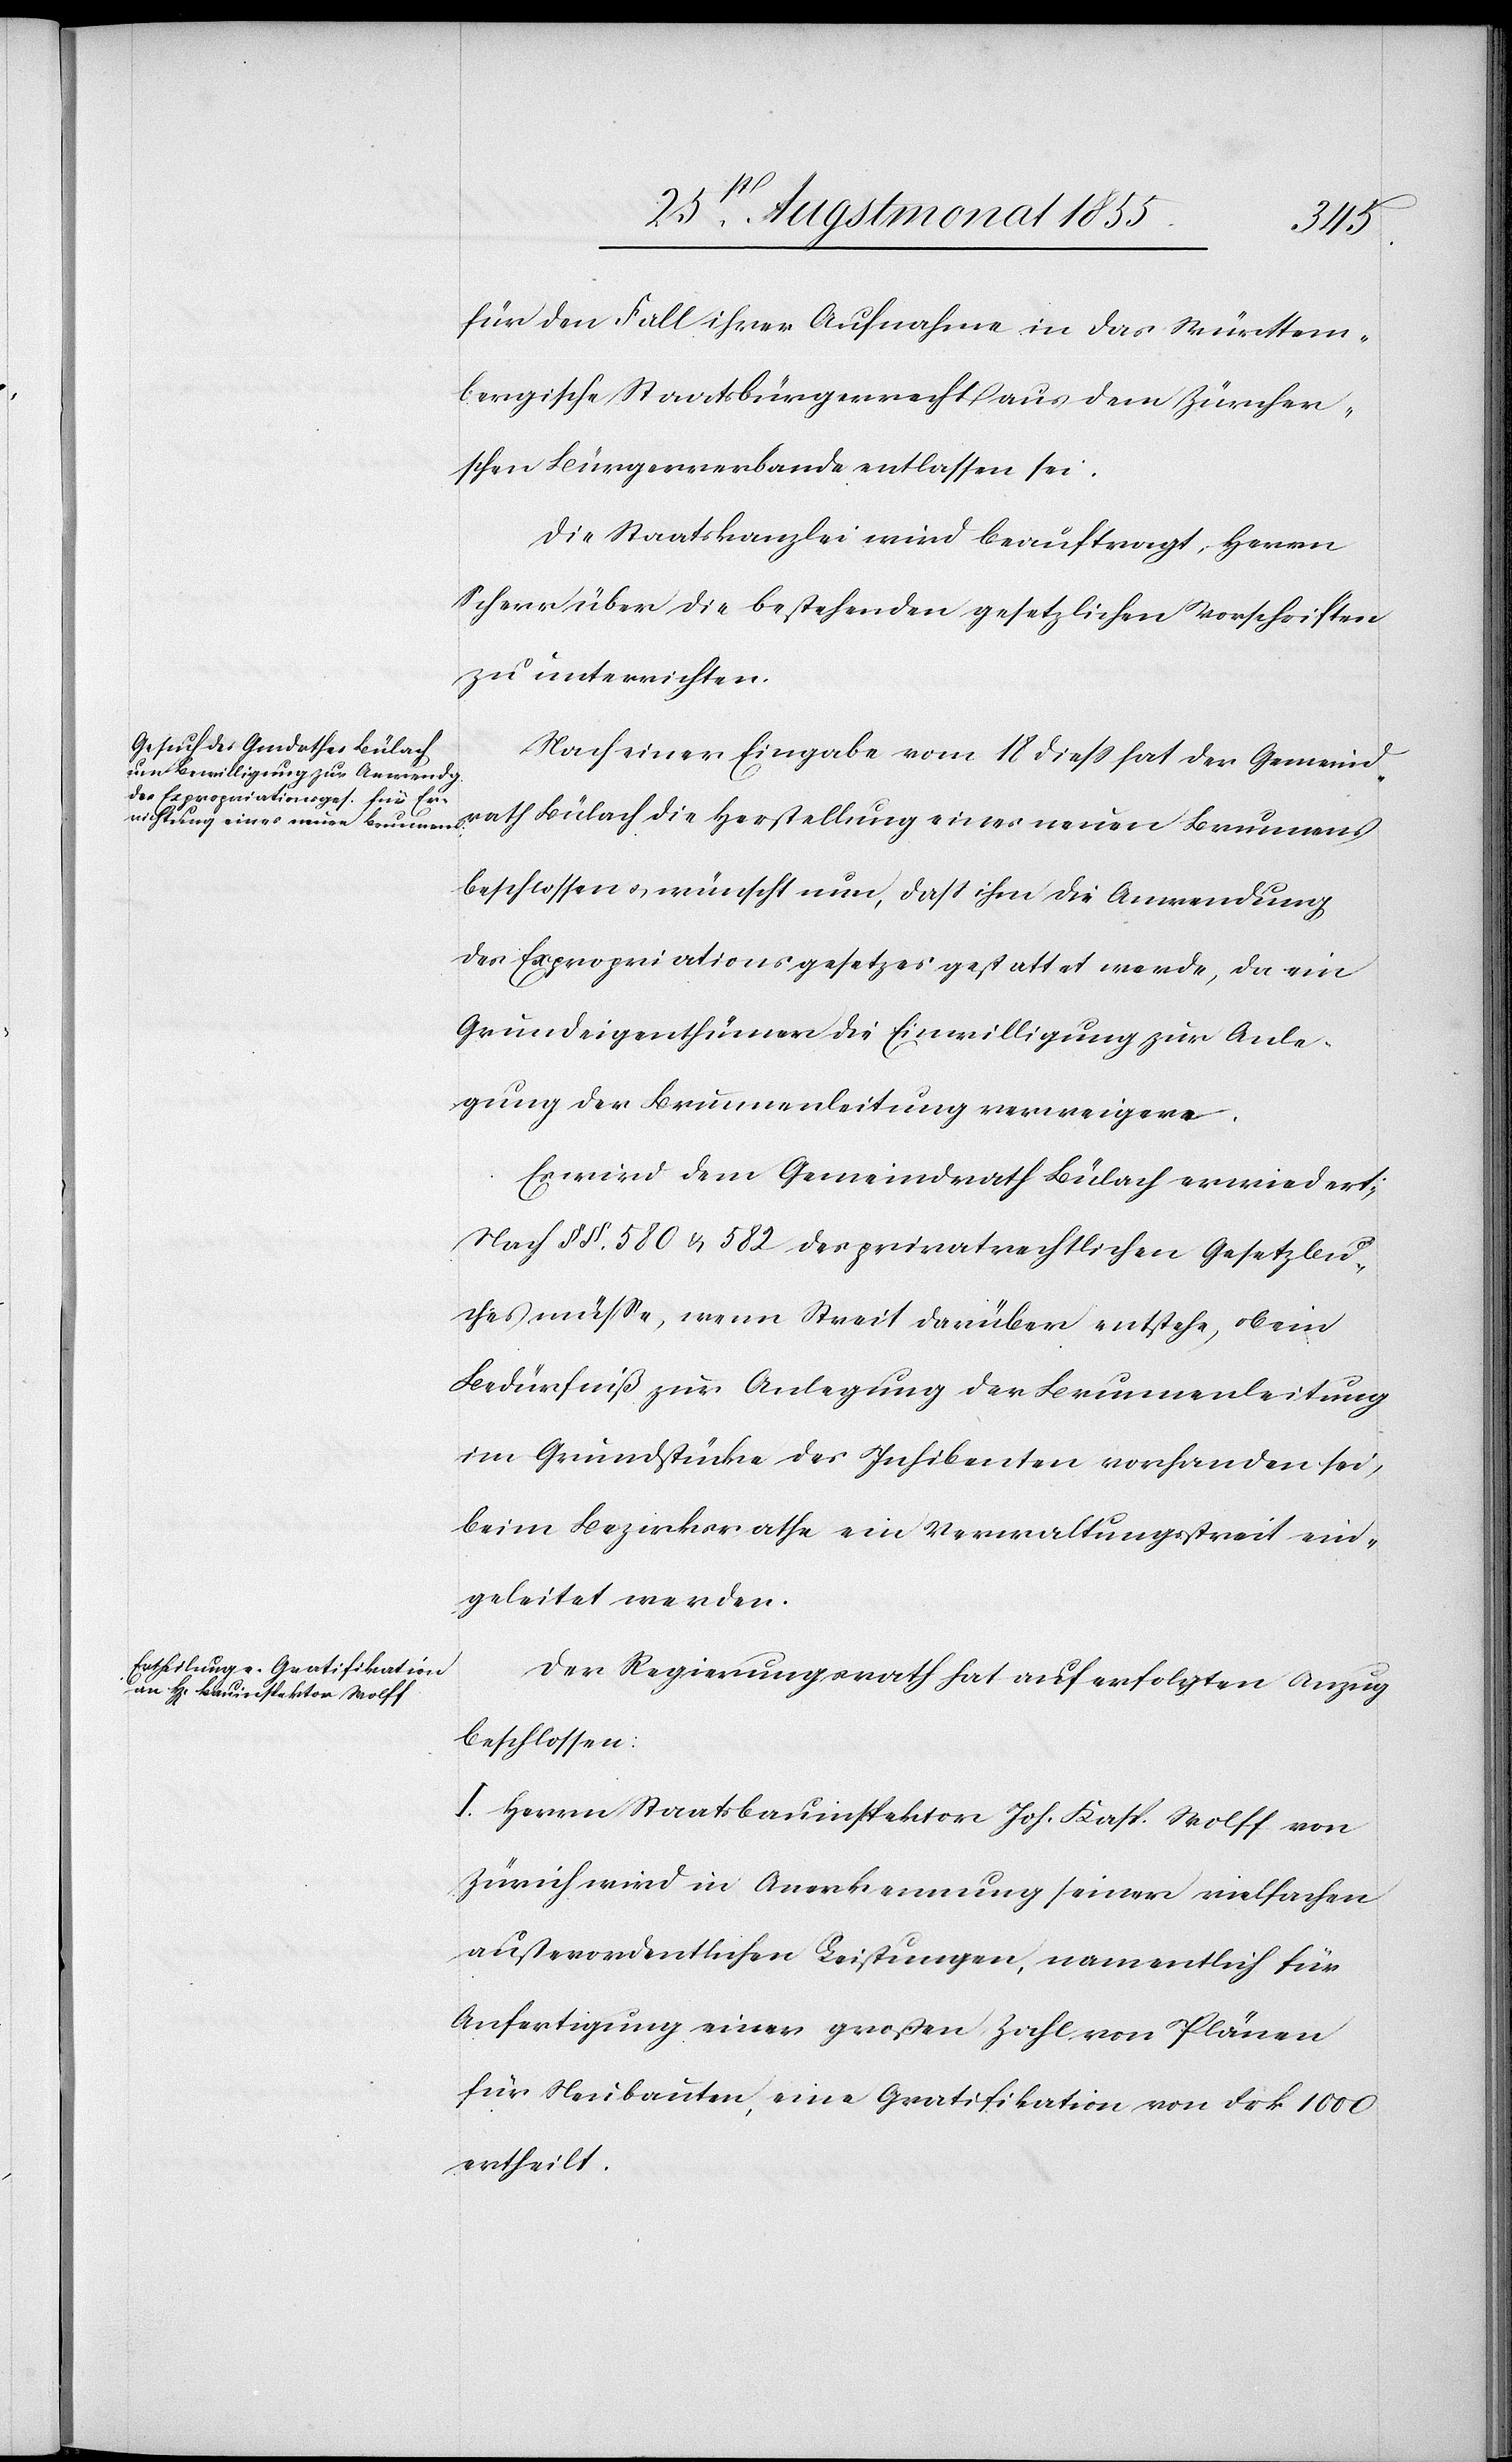
für den Fall ihrer Aufnahme in das Württem¬
bergische Staatsbürgerrecht aus dem Zürcher¬
schen Bürgerverbande entlassen sei.
Die Staatskanzlei wird beauftragt, Herrn
Scherr über die bestehenden gesetzlichen Vorschriften
zu unterrichten.
Nach einer Eingabe vom 18 diess hat der Gemeind¬
rath Bülach die Herstellung eines neuen Brunnens
beschlossen & wünscht nun, dass ihm die Anwendung
des Expropriationsgesetzes gestattet werde, da ein
Grundeigenthümer die Einwilligung zur Anle¬
gung der Brunnenleitung verweigere.
Es wird dem Gemeindrath Bülach erwiedert:
Nach §§. 580 & 582 des privatrechtlichen Gesetzbu¬
ches müsse, wenn Streit darüber entstehe, ob ein
Bedürfniß zur Anlegung der Brunnenleitung
im Grundstücke des Inhibenten vorhanden sei,
beim Bezirksrathe ein Verwaltungsstreit ein¬
geleitet werden.
Der Regierungsrath hat auf erfolgten Anzug
beschlossen:
I. Herrn Staatsbauinspektor Joh. Kasp. Wolff von
Zürich wird in Anerkennung seiner vielfachen
außerordentlichen Leistungen, namentlich für
Anfertigung einer großen Zahl von Plänen
für Neubauten, eine Gratifikation von Frk 1000
ertheilt.